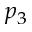
p _ { 3 }